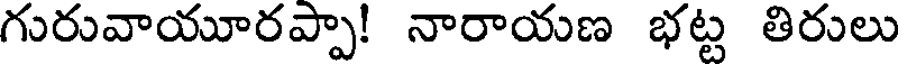
గురువాయూరప్పా! నారాయణ భట్ట తిరులు